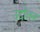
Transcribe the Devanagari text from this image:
उद्दोलन